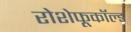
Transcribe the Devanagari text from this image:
रोशेफूकॉल्ड